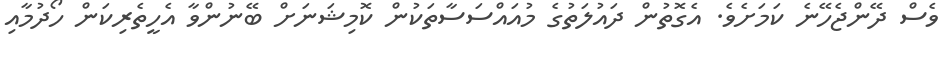
ވެސް ދޭންޖެހޭނެ ކަމަށެވެ. އެގޮތުން ދައުލަތުގެ މުއައްސަސާތަކުން ކޮމިޝަނަށް ބޭނުންވާ އެހީތެރިކަން ހޯދުމާއި